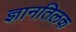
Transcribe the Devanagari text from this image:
ज्ञानतिलक